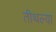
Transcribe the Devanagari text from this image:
तीथल्या